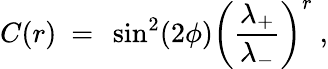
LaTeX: C(r)\ =\ \sin^{2}(2\phi)\left(\frac{\lambda_{+}}{\lambda_{-}}\right)^{r}\ ,